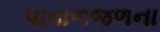
પાતાળજળના